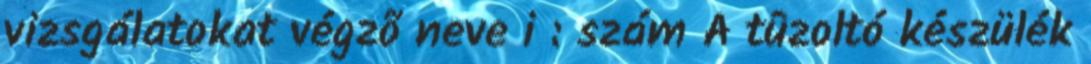
vizsgálatokat végzõ neve i : szám A tûzoltó készülék